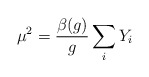
\begin{align*}\mu^2=\frac{\beta(g)}{g}\sum_iY_i\end{align*}